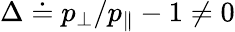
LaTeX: \Delta\doteq p_{\perp}/p_{\parallel}-1\ne 0